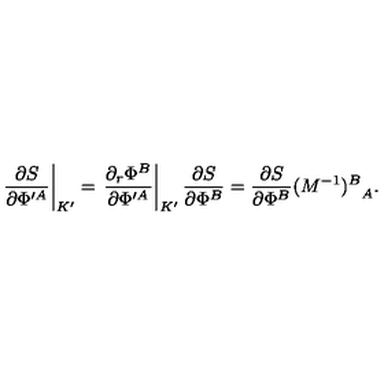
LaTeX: \left. { \frac { \partial S } { \partial \Phi ^ { \prime A } } } \right| _ { K ^ { \prime } } = \left. { \frac { \partial _ { r } \Phi ^ { B } } { \partial \Phi ^ { \prime A } } } \right| _ { K ^ { \prime } } { \frac { \partial S } { \partial \Phi ^ { B } } } = { \frac { \partial S } { \partial \Phi ^ { B } } } { ( M ^ { - 1 } ) ^ { B } } _ { A } .